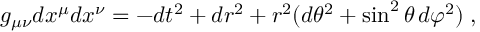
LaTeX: g _ { \mu \nu } d x ^ { \mu } d x ^ { \nu } = - d t ^ { 2 } + d r ^ { 2 } + r ^ { 2 } ( d \theta ^ { 2 } + \sin ^ { 2 } \theta \, d \varphi ^ { 2 } ) \; ,